Report on vaccination in Madras 1877-1894 - 1877-1894
Year: 1877
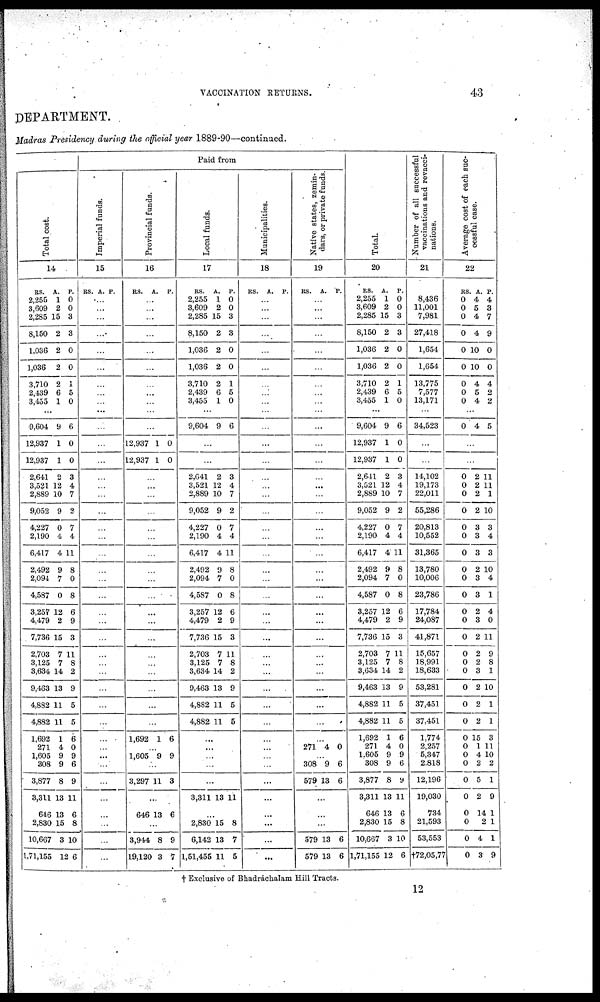
VACCINATION RETURNS.
43
DEPARTMENT.
Madras Presidency during the official year 1889-90—continued.
Total cost.
14
RS.
2,255
3,609
2,285
8,150
1,036
1,036
3,710
2,439
3,455
A.
1
2
15
2
2
2
2
6
1
P.
0
0
3
3
0
0
1
5
0
...
9,604
12,937
12,937
2,641
3,521
2,889
9,052
4,227
2,190
6,417
2,492
2,094
4,587
3,257
4,479
7,736
2,703
3,125
3,634
9,463
4,882
4,882
1,692
271
1,605
308
3,877
3,311
646
2,830
10,667
1,71,155
9
1
1
2
12
10
9
0
4
4
9
7
0
12
2
15
7
7
14
13
11
11
1
4
9
9
8
13
13
15
3
12
6
0
0
3
4
7
2
7
4
11
8
0
8
6
9
3
11
8
2
9
5
5
6
0
9
6
9
11
6
8
10
6
Paid from
Imperial funds.
15
RS. A. P.
...
...
...
...
...
...
...
...
...
...
...
...
...
...
...
...
...
...
...
...
...
...
...
...
...
...
...
...
...
...
...
...
...
...
...
...
...
...
...
...
...
...
Provincial funds.
16
RS. A.
P.
...
...
...
...
...
...
...
...
...
...
...
12,937
12,937
1
1
0
0
...
...
...
...
...
...
...
...
...
...
...
...
...
...
...
...
...
...
...
1,692 1 6
...
1,605 9 9
...
3,297 11 3
...
646 13 6
...
3,944
19,120
8
3
9
7
Local funds.
17
RS.
2,255
3,609
2,285
8,150
1,036
1,036
3,710
2,439
3,455
A.
1
2
15
2
2
2
2
6
1
P.
0
0
3
3
0
0
1
5
0
...
9,604 9 6
...
...
2,641
3,521
2,889
9,052
4,227
2,190
6,417
2,492
2,094
4,587
3,257
4,479
7,736
2,703
3,125
3,634
9,463
4,882
4,882
2
12
10
9
0
4
4
9
7
0
12
2
15
7
7
14
13
11
11
3
4
7
2
7
4
11
8
0
8
6
9
3
11
8
2
9
5
5
...
...
...
...
...
3,311 13 11
...
2,830
6,142
1,51,455
15
13
11
8
7
5
Municipalities.
18
RS. A. P.
...
...
...
...
...
...
...
...
...
...
...
...
...
...
...
...
...
...
...
...
...
...
...
...
...
...
...
...
...
...
...
...
...
...
...
...
...
...
...
...
...
...
Native states, zemin-
dars, or private funds.
19
RS. A. P.
...
...
...
...
...
...
...
...
...
...
...
...
...
...
...
...
...
...
...
...
...
...
...
...
...
...
...
...
...
...
...
...
...
271 4 0
...
308
579
9
13
6
6
...
...
...
579
579
13
13
6
6
Total.
20
RS.
2,255
3,609
2,285
8,150
1,036
1,036
3,710
2,439
3,455
A.
1
2
15
2
2
2
2
6
1
P.
0
0
3
3
0
0
1
5
0
...
9,604
12,937
12,937
2,641
3,521
2,889
9,052
4,227
2,190
6,417
2,492
2,094
4,587
3,257
4,479
7,736
2,703
3,125
3,634
9,463
4,882
4,882
1,692
271
1,605
308
3,877
3,311
646
2,830
10,667
1,71,155
9
1
1
2
12
10
9
0
4
4
9
7
0
12
2
15
7
7
14
13
11
11
1
4
9
9
8
13
13
15
3
12
6
0
0
3
4
7
2
7
4
11
8
0
8
6
9
3
11
8
2
9
5
5
6
0
9
6
9
11
6
8
10
6
Number of all successful
vaccinations and revacci-
nations.
21
8,436
11,001
7,981
27,418
1,654
1,654
13,775
7,577
13,171
...
34,523
...
...
14,102
19,173
22,011
55,286
20,813
10,552
31,365
13,780
10,006
23,786
17,784
24,087
41,871
15,657
18,991
18,633
53,281
37,451
37,451
1,774
2,257
5,347
2.818
12,196
19,030
734
21,593
53,553
†72,05,77
Average cost of each suc-
cessful case.
22
RS
0
0
0
0
0
0
0
0
0
A.
4
5
4
4
10
10
4
5
4
P.
4
3
7
9
0
0
4
2
2
...
0 4 5
...
...
0
0
0
0
0
0
0
0
0
0
0
0
0
0
0
0
0
0
0
0
0
0
0
0
0
0
0
0
0
2
2
2
2
3
3
3
2
3
3
2
3
2
2
2
3
2
2
2
15
1
4
2
5
2
14
2
4
3
11
11
1
10
3
4
3
10
4
1
4
0
11
9
8
1
10
1
1
3
11
10
2
1
9
1
1
1
9
† Exclusive of Bhadráchalam Hill Tracts.
12